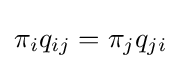
\pi _{i}q_{ij}=\pi _{j}q_{ji}